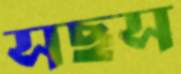
সছস